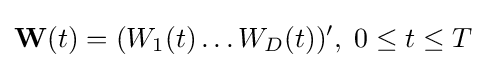
\mathbf {W} (t)=(W_{1}(t)\ldots W_{D}(t))',\;0\leq t\leq T